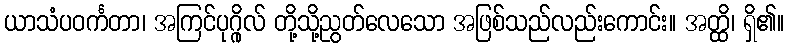
ယာသံပဝင်္ကတာ၊ အကြင်ပုဂ္ဂိုလ် တို့သို့ညွတ်လေသော အဖြစ်သည်လည်းကောင်း။ အတ္ထိ၊ ရှိ၏။